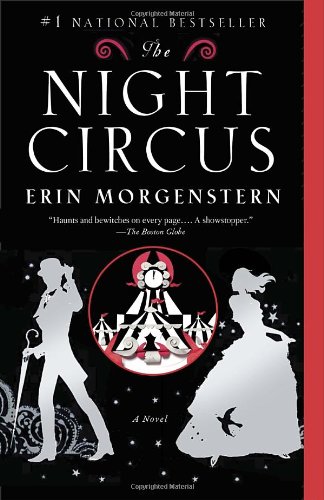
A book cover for The Night Circus; Erin Morgenstern; Mystery, Thriller & Suspense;